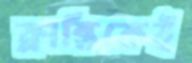
ক্লান্তিকেই